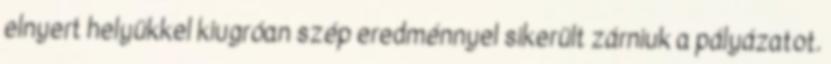
elnyert helyükkel kiugróan szép eredménnyel sikerült zárniuk a pályázatot.